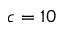
c = 1 0